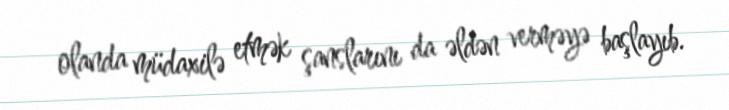
olanda müdaxilə etmək şanslarını da əldən verməyə başlayıb.